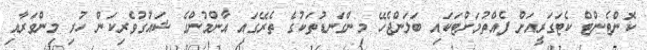
ކޮންޓެންޓް ކެޓަގަރީއަށް ފެއްތުމަށްޓަކައި ބަލަންޖެހޭ މިންގަނޑުތަކުގެ ތެރޭގައި އާންމުންގެ ޝައުގުވެރިކަން ހުރި މިންވަރާއި